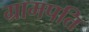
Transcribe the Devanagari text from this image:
ग्रामपति